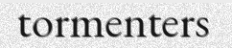
tormenters